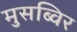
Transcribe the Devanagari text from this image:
मुसब्विर